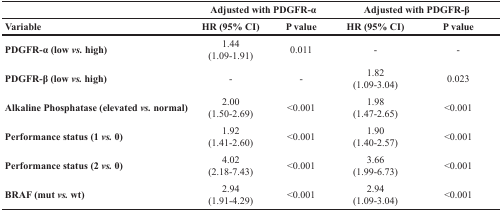
|  | <COLSPAN=2> Adjusted with PDGFR-α | <COLSPAN=2> Adjusted with PDGFR-β |
 | Variable | HR (95% CI) | P value | HR (95% CI) | P value |
 | --- | --- | --- | --- | --- |
 | PDGFR-α (low vs. high) | 1.44(1.09-1.91) | 0.011 | - | - |
 | PDGFR-β (low vs. high) | - | - | 1.82(1.09-3.04) | 0.023 |
 | Alkaline Phosphatase (elevated vs. normal) | 2.00(1.50-2.69) | <0.001 | 1.98(1.47-2.65) | <0.001 |
 | Performance status (1 vs. 0) | 1.92(1.41-2.60) | <0.001 | 1.90(1.40-2.57) | <0.001 |
 | Performance status (2 vs. 0) | 4.02(2.18-7.43) | <0.001 | 3.66(1.99-6.73) | <0.001 |
 | BRAF (mut vs. wt) | 2.94(1.91-4.29) | <0.001 | 2.94(1.09-3.04) | <0.001 |